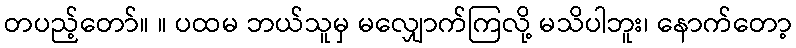
တပည့်တော်။ ။ ပထမ ဘယ်သူမှ မလျှောက်ကြလို့ မသိပါဘူး၊ နောက်တော့